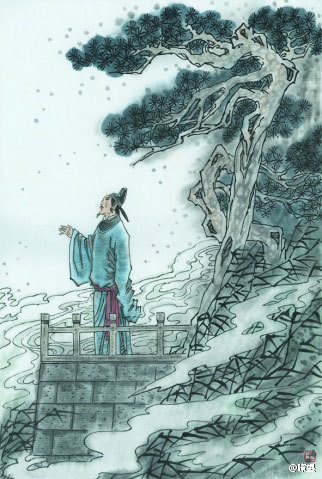
忆昔午桥桥上饮，坐中多是豪英。